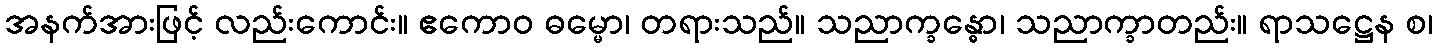
အနက်အားဖြင့် လည်းကောင်း။ ဧကောဝ ဓမ္မော၊ တရားသည်။ သညာက္ခန္ဓော၊ သညာက္ခာတည်း။ ရာသဋ္ဌေန စ၊